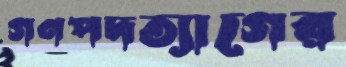
গণপদত্যাগের